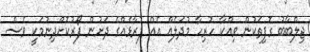
ޖިލްބާބު ގޮފިތަކުން ވިއްކާ ހުރިހާ މުދަލެއް އެއް ފުރާޅެއްގެ ދަށުން ފޯރުކޮށްދިނުމަކީ ވެސް